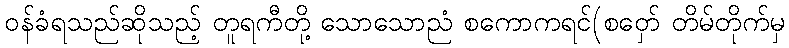
ဝန်ခံရသည်ဆိုသည့် တူရကီတို့ သောသောညံ စကောကရင်(စဝှော် တိမ်တိုက်မှ